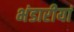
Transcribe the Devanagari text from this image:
भंडारीयां